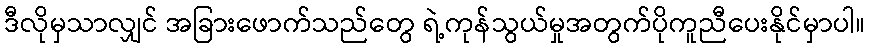
ဒီလိုမှသာလျှင် အခြားဖောက်သည်တွေ ရဲ့ကုန်သွယ်မှုအတွက်ပိုကူညီပေးနိုင်မှာပါ။